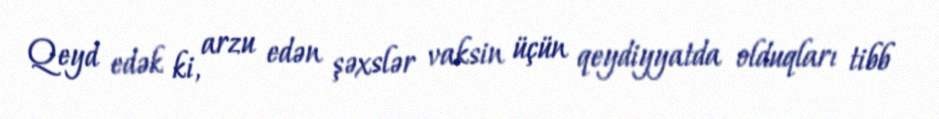
Qeyd edək ki, arzu edən şəxslər vaksin üçün qeydiyyatda olduqları tibb